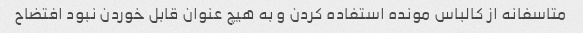
متاسفانه از کالباس مونده استفاده کردن و به هیچ عنوان قابل خوردن نبود افتضاح